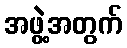
အဖွဲ့အတွက်